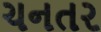
ચનતર